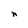
Character: n